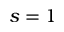
s = 1